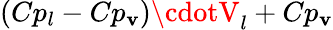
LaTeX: (Cp_{l}-Cp_{\mathbf{v}})\cdotV_{l}+Cp_{\mathbf{v}}